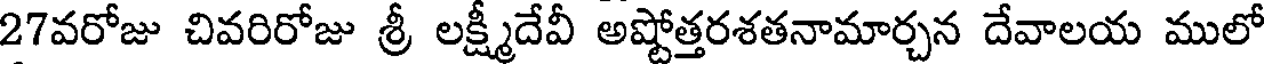
27వరోజు చివరిరోజు శ్రీ లక్ష్మీదేవీ అష్టోత్తరశతనామార్చన దేవాలయ ములో